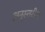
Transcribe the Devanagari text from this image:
अनुस्तरीय